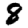
Digit: 8